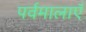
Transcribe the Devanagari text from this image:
पर्वमालाएँ